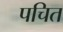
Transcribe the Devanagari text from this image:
पचित